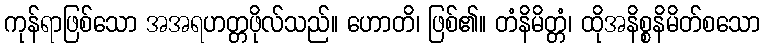
ကုန်ရာဖြစ်သော အအရဟတ္တဖိုလ်သည်။ ဟောတိ၊ ဖြစ်၏။ တံနိမိတ္တံ၊ ထိုအနိစ္စနိမိတ်စသော